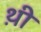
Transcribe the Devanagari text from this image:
थ़ी